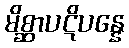
မိစ္ဆာပဋိပန္နေ